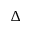
\Delta